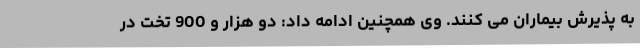
به پذیرش بیماران می کنند. وی همچنین ادامه داد: دو هزار و 900 تخت در